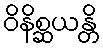
ဝိနိစ္ဆယန္တိ